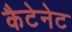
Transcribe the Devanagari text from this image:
कैटेनेट